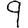
Digit: 9